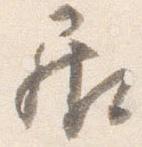
居